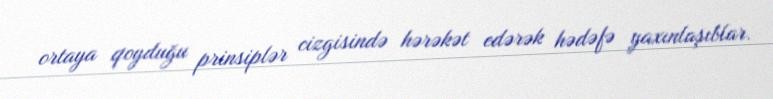
ortaya qoyduğu prinsiplər cizgisində hərəkət edərək hədəfə yaxınlaşıblar.